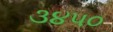
૩૪૫૦